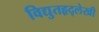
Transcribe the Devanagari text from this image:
विद्युतहृद्‌लेखी